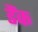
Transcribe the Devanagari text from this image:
डैंक